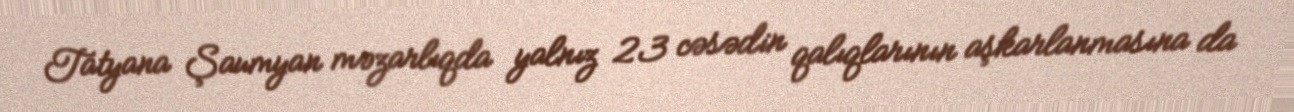
Tatyana Şaumyan məzarlıqda yalnız 23 cəsədin qalıqlarının aşkarlanmasına da